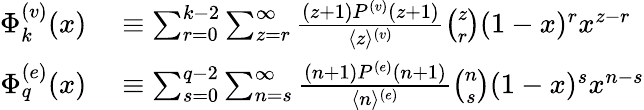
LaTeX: \begin{array}{rl}{\Phi_{k}^{(v)}(x)}&{{}\equiv\sum_{r=0}^{k-2}\sum_{z=r}^{\infty}{\frac{(z+1)P^{(v)}(z+1)}{\langle z\rangle^{(v)}}}\binom{z}{r}(1-x)^{r}x^{z-r}}\\ {\Phi_{q}^{(e)}(x)}&{{}\equiv\sum_{s=0}^{q-2}\sum_{n=s}^{\infty}{\frac{(n+1)P^{(e)}(n+1)}{\langle n\rangle^{(e)}}}\binom{n}{s}(1-x)^{s}x^{n-s}}\end{array}